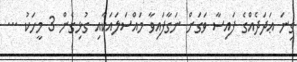
ގިނަ ޢަދަދެއްގެ ފައިސާ ވަގަށް ނަގާފައިވާ މައްސަލައަކާއި ގުޅިގެން 3 މީހަކު ...